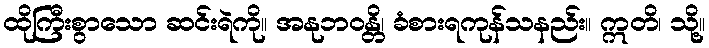
ထိုကြီးစွာသော ဆင်းရဲကို။ အနုဘဝန္တိ၊ ခံစားရကုန်သနည်း။ ဣတိ၊ သို့။